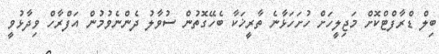
ބިލް ޑްރާފްޓްކޮށް މަޖިލީހަށް ހުށަހަޅާނެ ތާރީޚަކާ ބެހޭގޮތުން ސުވާލު ދެންނެވުމުން އަފްރާހް ވިދާޅުވީ